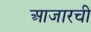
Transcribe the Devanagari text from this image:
आजारची